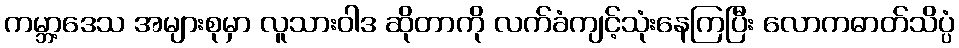
ကမ္ဘာ့ဒေသ အများစုမှာ လူသားဝါဒ ဆိုတာကို လက်ခံကျင့်သုံးနေကြပြီး လောကဓာတ်သိပ္ပံ